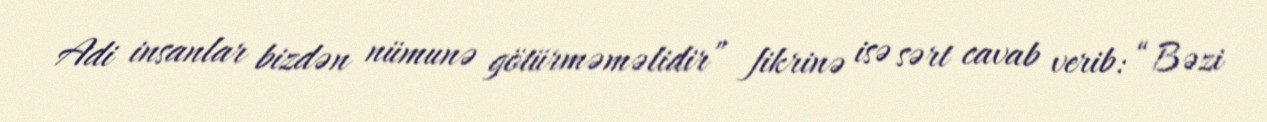
Adi insanlar bizdən nümunə götürməməlidir” fikrinə isə sərt cavab verib: “Bəzi